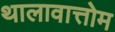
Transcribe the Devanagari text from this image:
थालावात्तोम